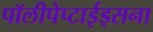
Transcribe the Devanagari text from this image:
पॉलीपेप्टाईड्सना